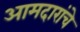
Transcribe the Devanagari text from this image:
आमदारांचे